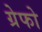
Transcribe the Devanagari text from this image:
ग्रेफो